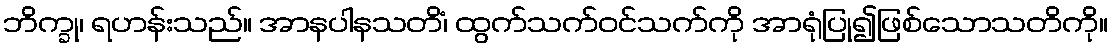
ဘိက္ခု၊ ရဟန်းသည်။ အာနပါနသတိံ၊ ထွက်သက်ဝင်သက်ကို အာရုံပြု၍ဖြစ်သောသတိကို။